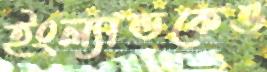
ইংল্যান্ডকেও